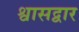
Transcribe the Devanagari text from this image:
श्वासद्वार